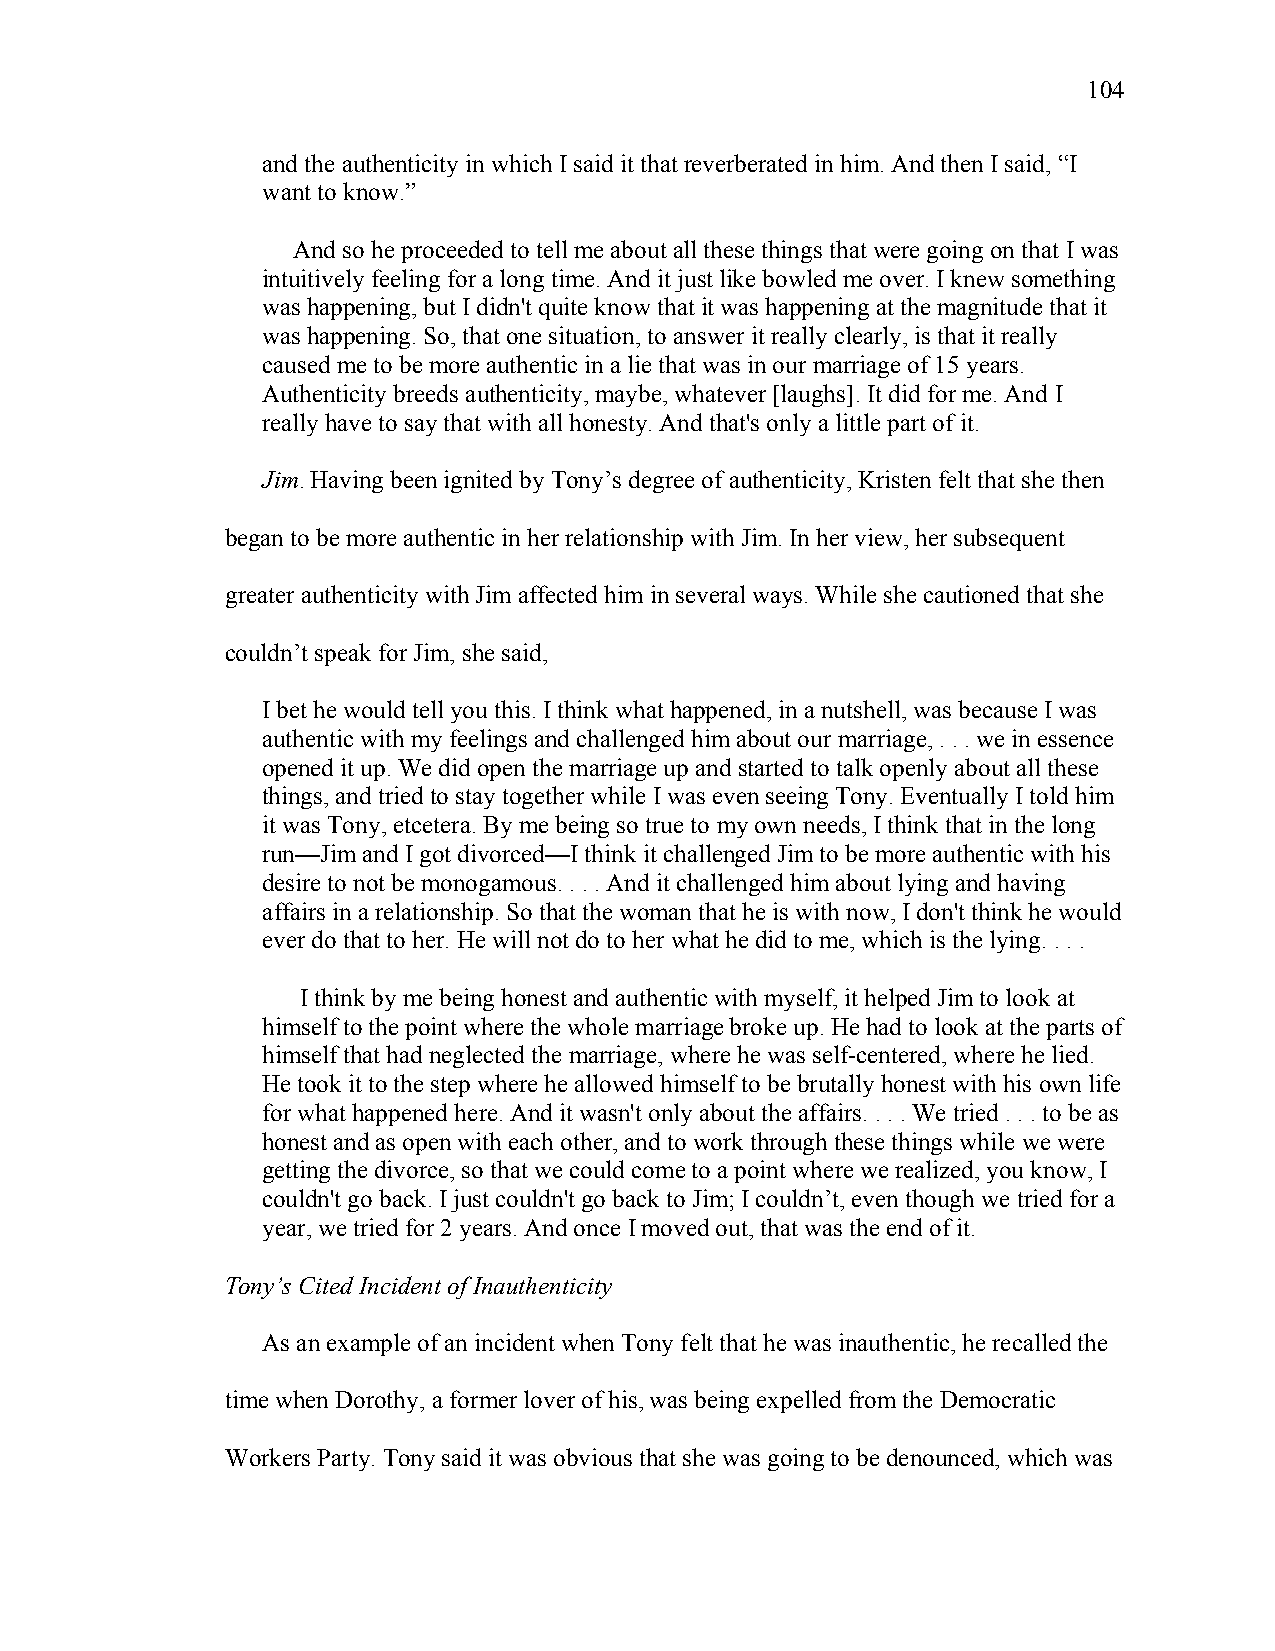
104
 and the authenticity in which I said it that reverberated in him. And then I said, “I
 want to know.”
 And so he proceeded to tell me about all these things that were going on that I was
 intuitively feeling for a long time. And it just like bowled me over. I knew something
 was happening, but I didn't quite know that it was happening at the magnitude that it
 was happening. So, that one situation, to answer it really clearly, is that it really
 caused me to be more authentic in a lie that was in our marriage of 15 years.
 Authenticity breeds authenticity, maybe, whatever [laughs]. It did for me. And I
 really have to say that with all honesty. And that's only a little part of it.
 Jim. Having been ignited by Tony’s degree of authenticity, Kristen felt that she then
 began to be more authentic in her relationship with Jim. In her view, her subsequent
 greater authenticity with Jim affected him in several ways. While she cautioned that she
 couldn’t speak for Jim, she said,
 I bet he would tell you this. I think what happened, in a nutshell, was because I was
 authentic with my feelings and challenged him about our marriage, . . . we in essence
 opened it up. We did open the marriage up and started to talk openly about all these
 things, and tried to stay together while I was even seeing Tony. Eventually I told him
 it was Tony, etcetera. By me being so true to my own needs, I think that in the long
 run—Jim and I got divorced—I think it challenged Jim to be more authentic with his
 desire to not be monogamous. . . . And it challenged him about lying and having
 affairs in a relationship. So that the woman that he is with now, I don't think he would
 ever do that to her. He will not do to her what he did to me, which is the lying. . . .
 I think by me being honest and authentic with myself, it helped Jim to look at
 himself to the point where the whole marriage broke up. He had to look at the parts of
 himself that had neglected the marriage, where he was self-centered, where he lied.
 He took it to the step where he allowed himself to be brutally honest with his own life
 for what happened here. And it wasn't only about the affairs. . . . We tried . . . to be as
 honest and as open with each other, and to work through these things while we were
 getting the divorce, so that we could come to a point where we realized, you know, I
 couldn't go back. I just couldn't go back to Jim; I couldn’t, even though we tried for a
 year, we tried for 2 years. And once I moved out, that was the end of it.
 Tony’s Cited Incident of Inauthenticity
 As an example of an incident when Tony felt that he was inauthentic, he recalled the
 time when Dorothy, a former lover of his, was being expelled from the Democratic
 Workers Party. Tony said it was obvious that she was going to be denounced, which was